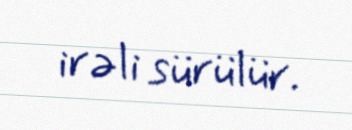
irəli sürülür.